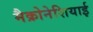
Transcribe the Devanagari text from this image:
मैक्रोनेशियाई